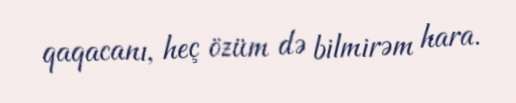
qaqacanı, heç özüm də bilmirəm hara.